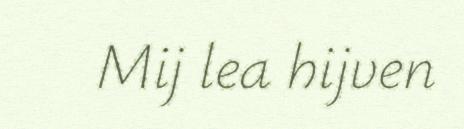
Mij lea hijven